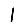
Digit: 1